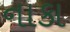
નાકા